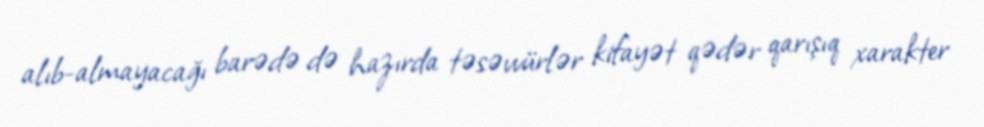
alıb-almayacağı barədə də hazırda təsəvvürlər kifayət qədər qarışıq xarakter